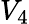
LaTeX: V_{4}